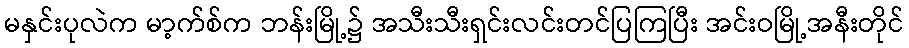
မနှင်းပုလဲက မာ့က်စ်က ဘန်းမြို့၌ အသီးသီးရှင်းလင်းတင်ပြကြပြီး အင်းဝမြို့အနီးတိုင်